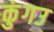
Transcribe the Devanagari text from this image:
कुंगउ